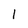
Character: 1